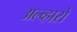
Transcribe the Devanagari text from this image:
अल्व्हारो